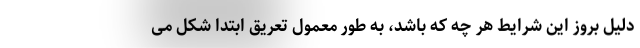
دلیل بروز این شرایط هر چه که باشد، به طور معمول تعریق ابتدا شکل می